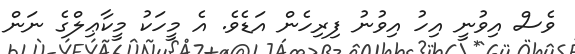
ވެސް އިވުނީ އިހު އިވުނު ފިރިހެން އަޑެވެ. އެ މީހަކު މީކާޢިލްގެ ނަން